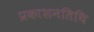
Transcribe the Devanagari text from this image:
प्रकाशनतिथि